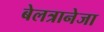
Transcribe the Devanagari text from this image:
बेलत्रानेजा